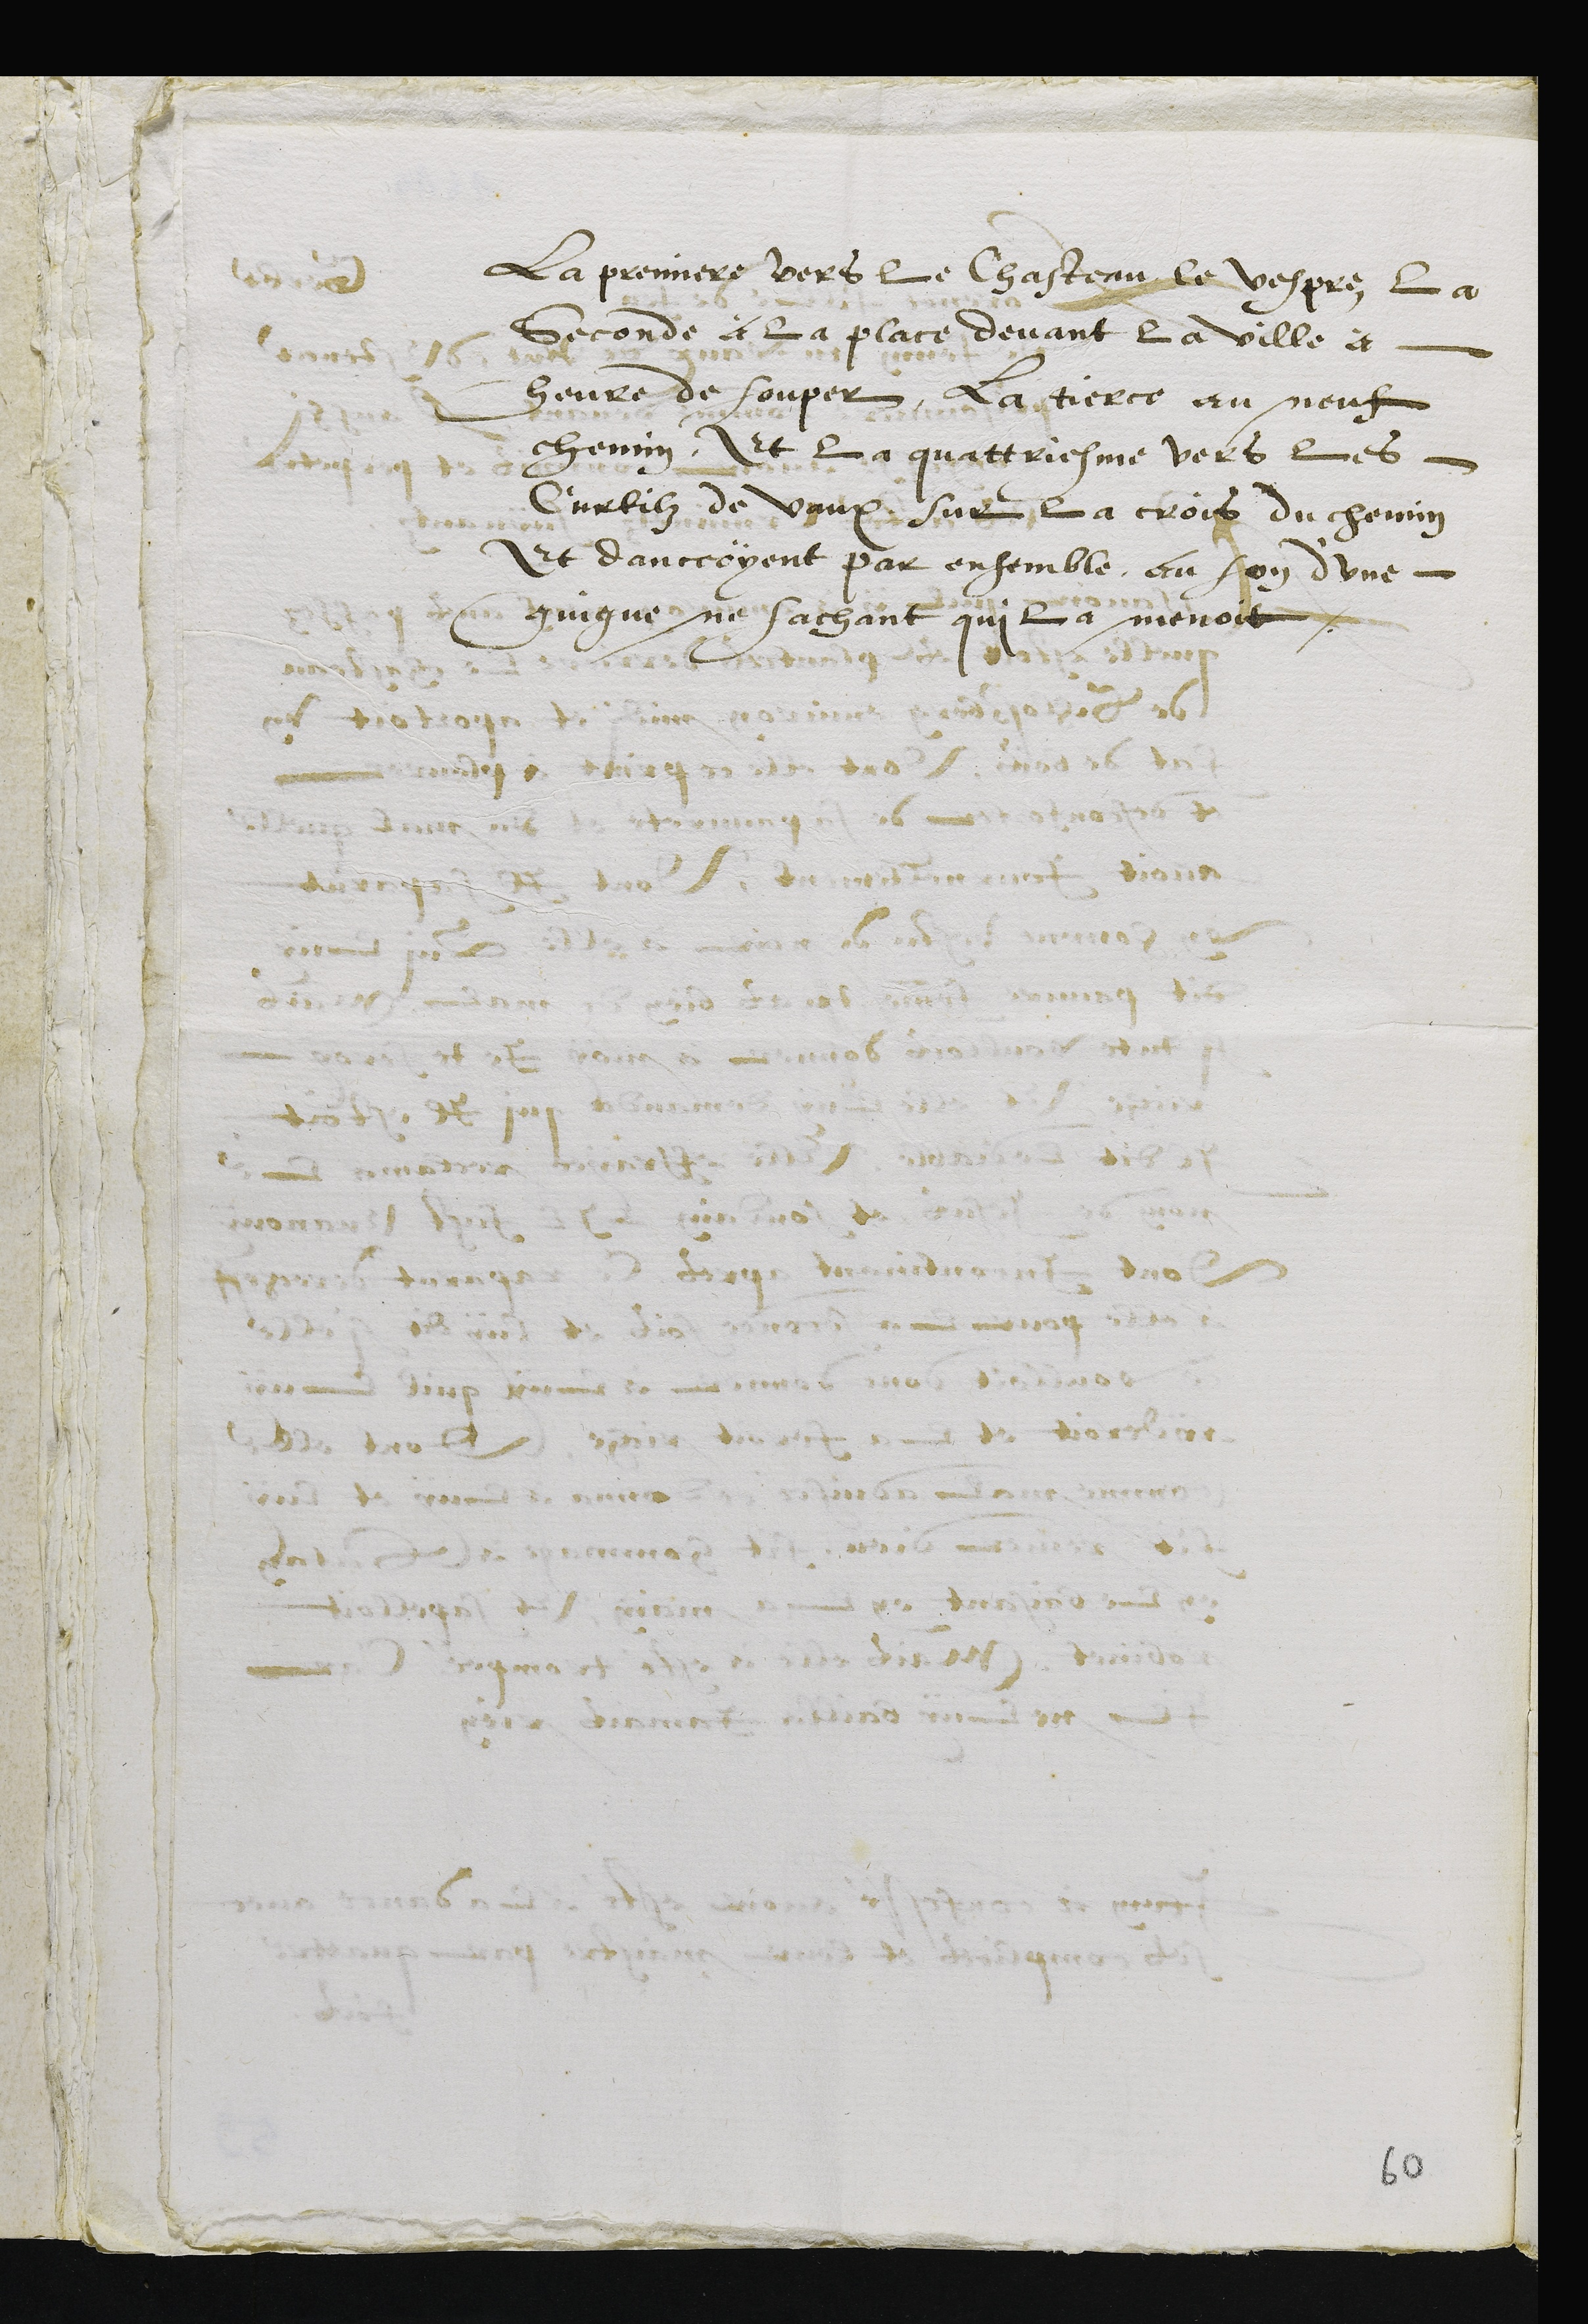
La premiere vers le Chasteau le vespre, la
seconde à la place devant la ville à
heure de souper la tierce au neuf
chemin, Et la quattriesme vers les
Curtilz de vaux, sur la crois du chemin
Et danceoyent par ensemble, au son dune
quigne, ne sachant qui la menoit.

60